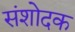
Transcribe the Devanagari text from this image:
संशोदक